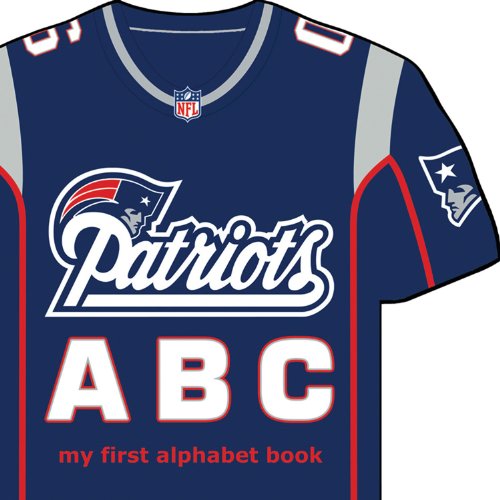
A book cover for New England Patriots ABC: My First Alphabet Book (NFL ABC Board Books) (My First Alphabet Books (Michaelson Entertainment)); Brad M. Epstein; Children's Books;